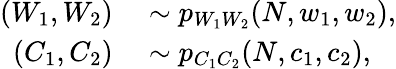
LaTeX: \begin{array}{rl}{(W_{1},W_{2})}&{{}\sim p_{W_{1}W_{2}}(N,w_{1},w_{2}),}\\ {(C_{1},C_{2})}&{{}\sim p_{C_{1}C_{2}}(N,c_{1},c_{2}),}\end{array}